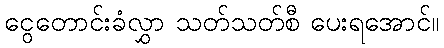
ငွေတောင်းခံလွှာ သတ်သတ်စီ ပေးရအောင်။